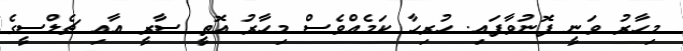
މިހާރު ވަނީ ފޮނުވާފައި. ހުރިހާ ކަމެއްވެސް މިހާރު އޮތީ ސާރީ އާއި ޗެލްސީގެ